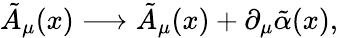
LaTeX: \tilde{A}_{\mu}(x)\longrightarrow\tilde{A}_{\mu}(x)+\partial_{\mu}\tilde{\alpha}(x),